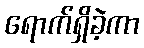
ရောက်ရှိခဲ့ကာ